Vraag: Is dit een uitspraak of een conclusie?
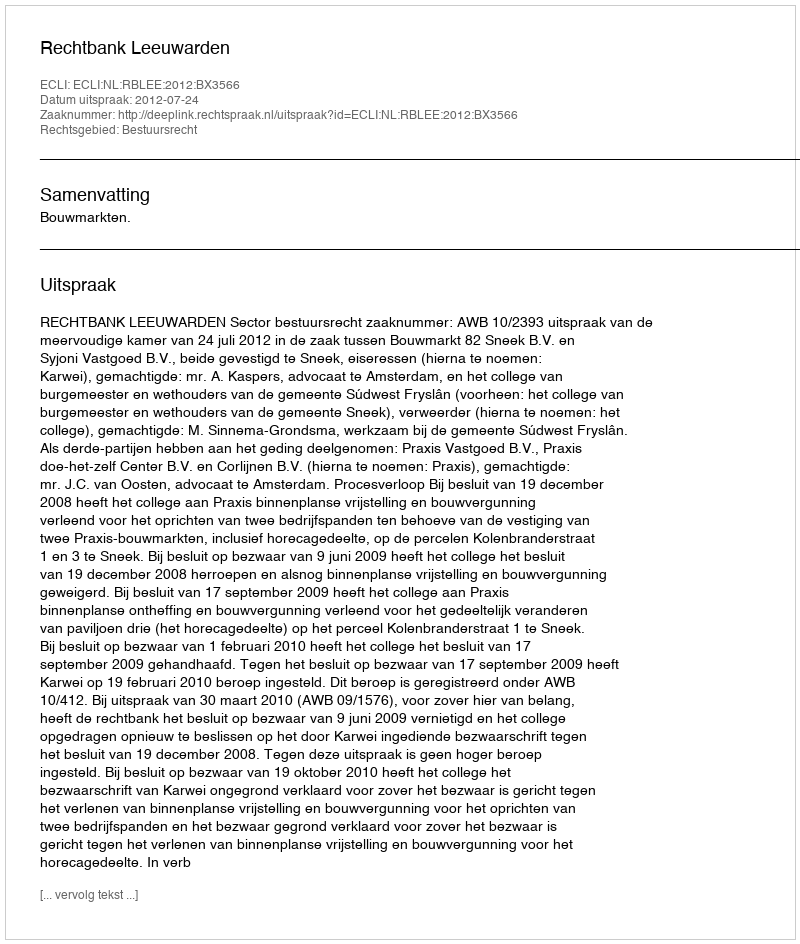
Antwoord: Uitspraak